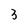
Character: 3